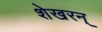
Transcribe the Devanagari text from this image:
शेखरन्